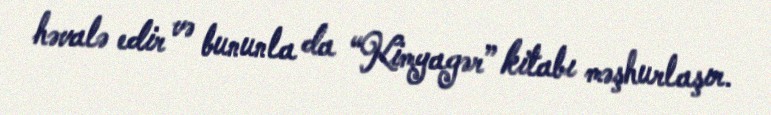
həvalə edir və bununla da “Kimyagər” kitabı məşhurlaşır.